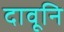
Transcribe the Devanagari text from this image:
दावूनि